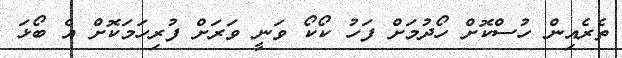
ތެރެއިން ހުސްކޮށް ހޯދުމަށް ފަހު ކޯކޯ ވަނީ ވަރަށް ފުރިހަމަކޮށް އެ ބޯޅަ